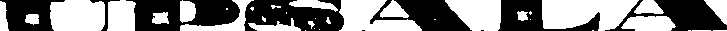
UPSALA